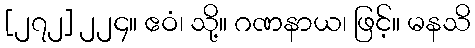
[၂၇၂] ၂၂၄။ ဧဝံ၊ သို့။ ဂဏနာယ၊ ဖြင့်။ မနသိ